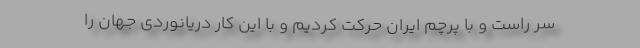
سر راست و با پرچم ایران حرکت کردیم و با این کار دریانوردی جهان را